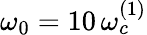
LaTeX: \omega_{0}=10\, \omega_{c}^{(1)}